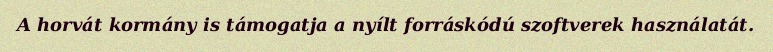
A horvát kormány is támogatja a nyílt forráskódú szoftverek használatát.